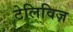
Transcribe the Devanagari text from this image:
टेलिविज़